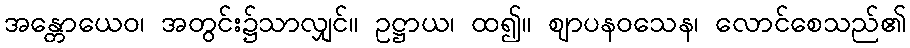
အန္တောယေဝ၊ အတွင်း၌သာလျှင်။ ဥဋ္ဌာယ၊ ထ၍။ ဈာပနဝသေန၊ လောင်စေသည်၏